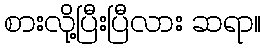
စားလို့ပြီးပြီလား ဆရာ။